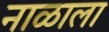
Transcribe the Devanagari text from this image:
नाळाला